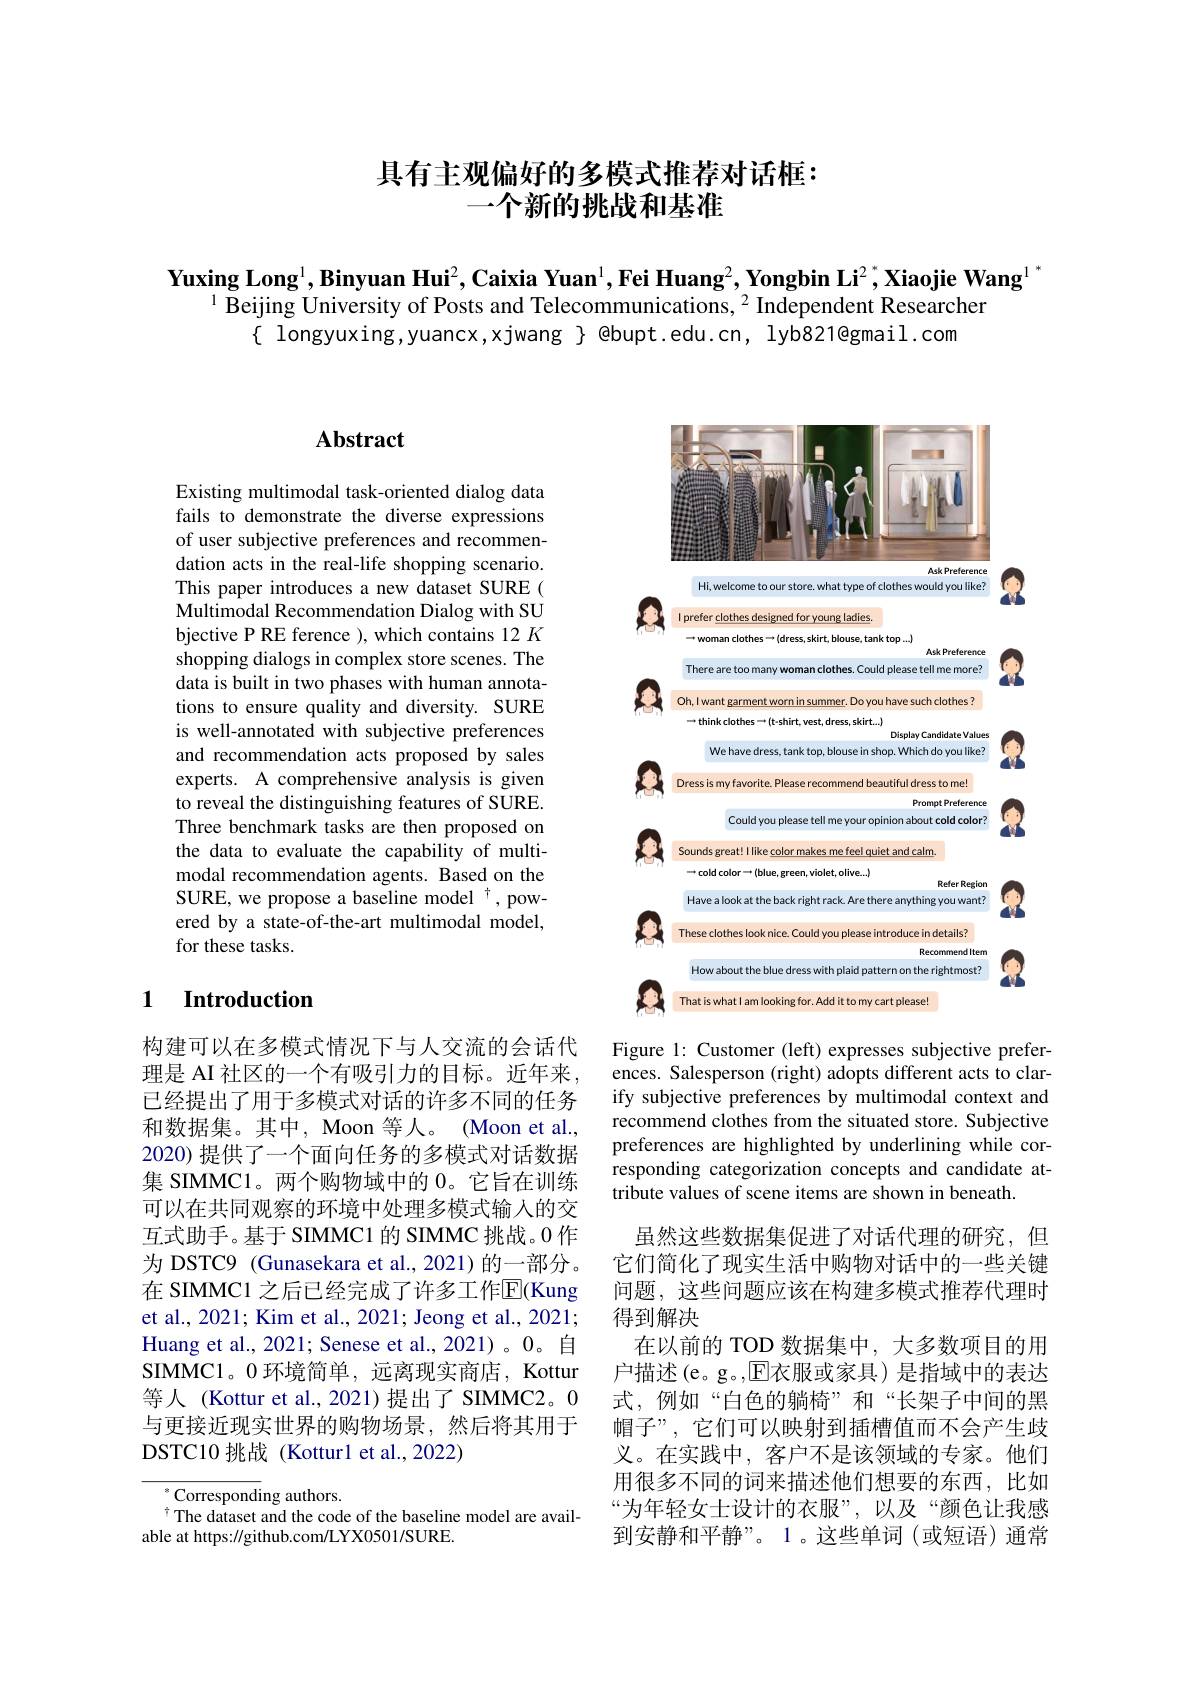
## 具有主观偏好的多模式推荐对话框： 一个新的挑战和基准

Yuxing Long$^1,\textbf{Binyuan Hui}^2,\textbf{Caixia Yuan}^1,\textbf{Fei Huang}^2,\textbf{Yongbin Li}^2,\textbf{Xiaojie Wang}^1$
$^{1}$ Beijing University of Posts and Telecommunications, $^2$ Independent Researcher
{ longyuxing,yuancx,xjwang } @bupt.edu.cn, lyb821@gmail.com

## $\mathbf{Abstract}$

Existing multimodal task-oriented dialog data fails to demonstrate the diverse expressions of user subjective preferences and recommendation acts in the real-life shopping scenario. This paper introduces a new dataset SURE ( Multimodal Recommendation Dialog with SU bjective P RE ference ), which contains 12 K shopping dialogs in complex store scenes. The data is built in two phases with human annotations to ensure quality and diversity. SURE is well-annotated with subjective preferences and recommendation acts proposed by sales experts. A comprehensive analysis is given to reveal the distinguishing features of SURE. Three benchmark tasks are then proposed on the data to evaluate the capability of multimodal recommendation agents. Based on the SURE, we propose a baseline model $^\dagger$, powered by a state-of-the-art multimodal model, for these tasks.

### 1 Introduction

构建可以在多模式情况下与人交流的会话代理是 AI 社区的一个有吸引力的目标。近年来， 已经提出了用于多模式对话的许多不同的任务和数据集。其中，Moon 等人。(Moon et al., 2020) 提供了一个面向任务的多模式对话数据集 SIMMC1。两个购物域中的 0。它旨在训练可以在共同观察的环境中处理多模式输入的交互式助手。基于 SIMMC1 的 SIMMC 挑战。0 作为 DSTC9 (Gunasekara et al., 2021)的一部分。在 SIMMC1 之后已经完成了许多工作$\mathbb{E}($Kung et al., 2021; Kim et al., 2021; Jeong et al., 2021; Huang et al., 2021; Senese et al., 2021) 。0。自SIMMC1。0 环境简单，远离现实商店，Kottur 等人 (Kottur et al.,2021)提出了 SIMMC2。0与更接近现实世界的购物场景，然后将其用于DSTC10 挑战 (Kotturl et al.,2022)

$^{*}$Corresponding authors.
The dataset and the code of the baseline model are avail-
able at https://github.com/LYX0501/SURE.

<FigureHere>

Figure 1: Customer (left) expresses subjective preferences. Salesperson (right) adopts different acts to clarify subjective preferences by multimodal context and recommend clothes from the situated store. Subjective preferences are highlighted by underlining while corresponding categorization concepts and candidate attribute values of scene items are shown in beneath

虽然这些数据集促进了对话代理的研究，但它们简化了现实生活中购物对话中的一些关键问题，这些问题应该在构建多模式推荐代理时得到解决
在以前的 TOD 数据集中，大多数项目的用户描述(e。g。,E衣服或家具)是指域中的表达式，例如“白色的躺椅”和“长架子中间的黑帽子”,它们可以映射到插槽值而不会产生歧义。在实践中，客户不是该领域的专家。他们用很多不同的词来描述他们想要的东西，比如“为年轻女士设计的衣服”,以及“颜色让我感到安静和平静”。1。这些单词(或短语)通常